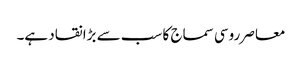
معاصر روسی سماج کا سب سے بڑا نقاد ہے۔